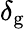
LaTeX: \delta_{\mathrm{g}}